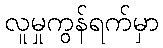
လူမှုကွန်ရက်မှာ